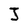
Character: J